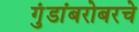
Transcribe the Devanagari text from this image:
गुंडांबरोबरचे